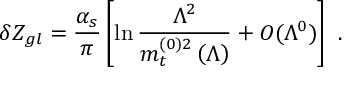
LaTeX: \delta Z _ { g l } = \frac { \alpha _ { s } } { \pi } \left[ \ln \frac { \Lambda ^ { 2 } } { m _ { t } ^ { ( 0 ) 2 } \left( \Lambda \right) } + { \cal { O } } ( \Lambda ^ { 0 } ) \right] \ .